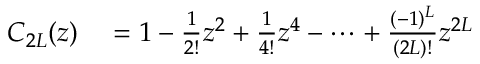
\begin{array} { r l } { C _ { 2 { \cal L } } ( z ) } & { { } = 1 - \frac { 1 } { 2 ! } z ^ { 2 } + \frac { 1 } { 4 ! } z ^ { 4 } - \cdots + \frac { ( - 1 ) ^ { \cal L } } { ( 2 { \cal L } ) ! } z ^ { 2 { \cal L } } } \end{array}